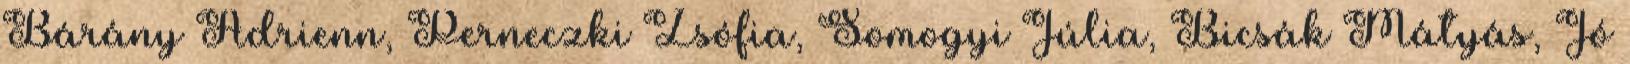
Bárány Adrienn, Perneczki Zsófia, Somogyi Júlia, Bicsák Mátyás, Jó